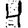
Digit: 4